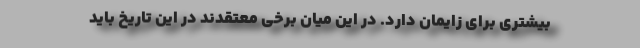
بیشتری برای زایمان دارد. در این میان برخی معتقدند در این تاریخ باید